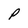
Character: P